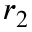
r _ { 2 }